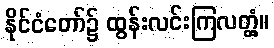
နိုင်ငံတော်၌ ထွန်းလင်းကြလတ္တံ့။